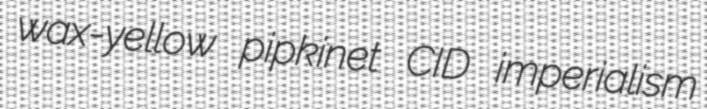
wax-yellow pipkinet CID imperialism